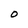
Character: O